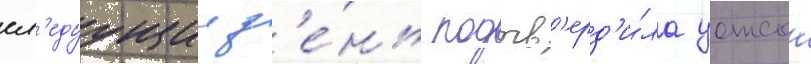
сл'едуущии д'е́нь подтв'ерд'и́ла уотсон